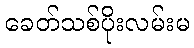
ခေတ်သစ်ပိုးလမ်းမ